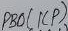
Text: PB0